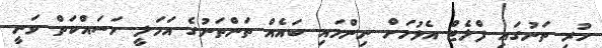
ހުރި ތަނުގައި ފްލެޓް އެޅުމަށް ނިންމައި ބައެއް ތަންތަނުގެ އަމަލީ މަސައްކަތް ވަނީ